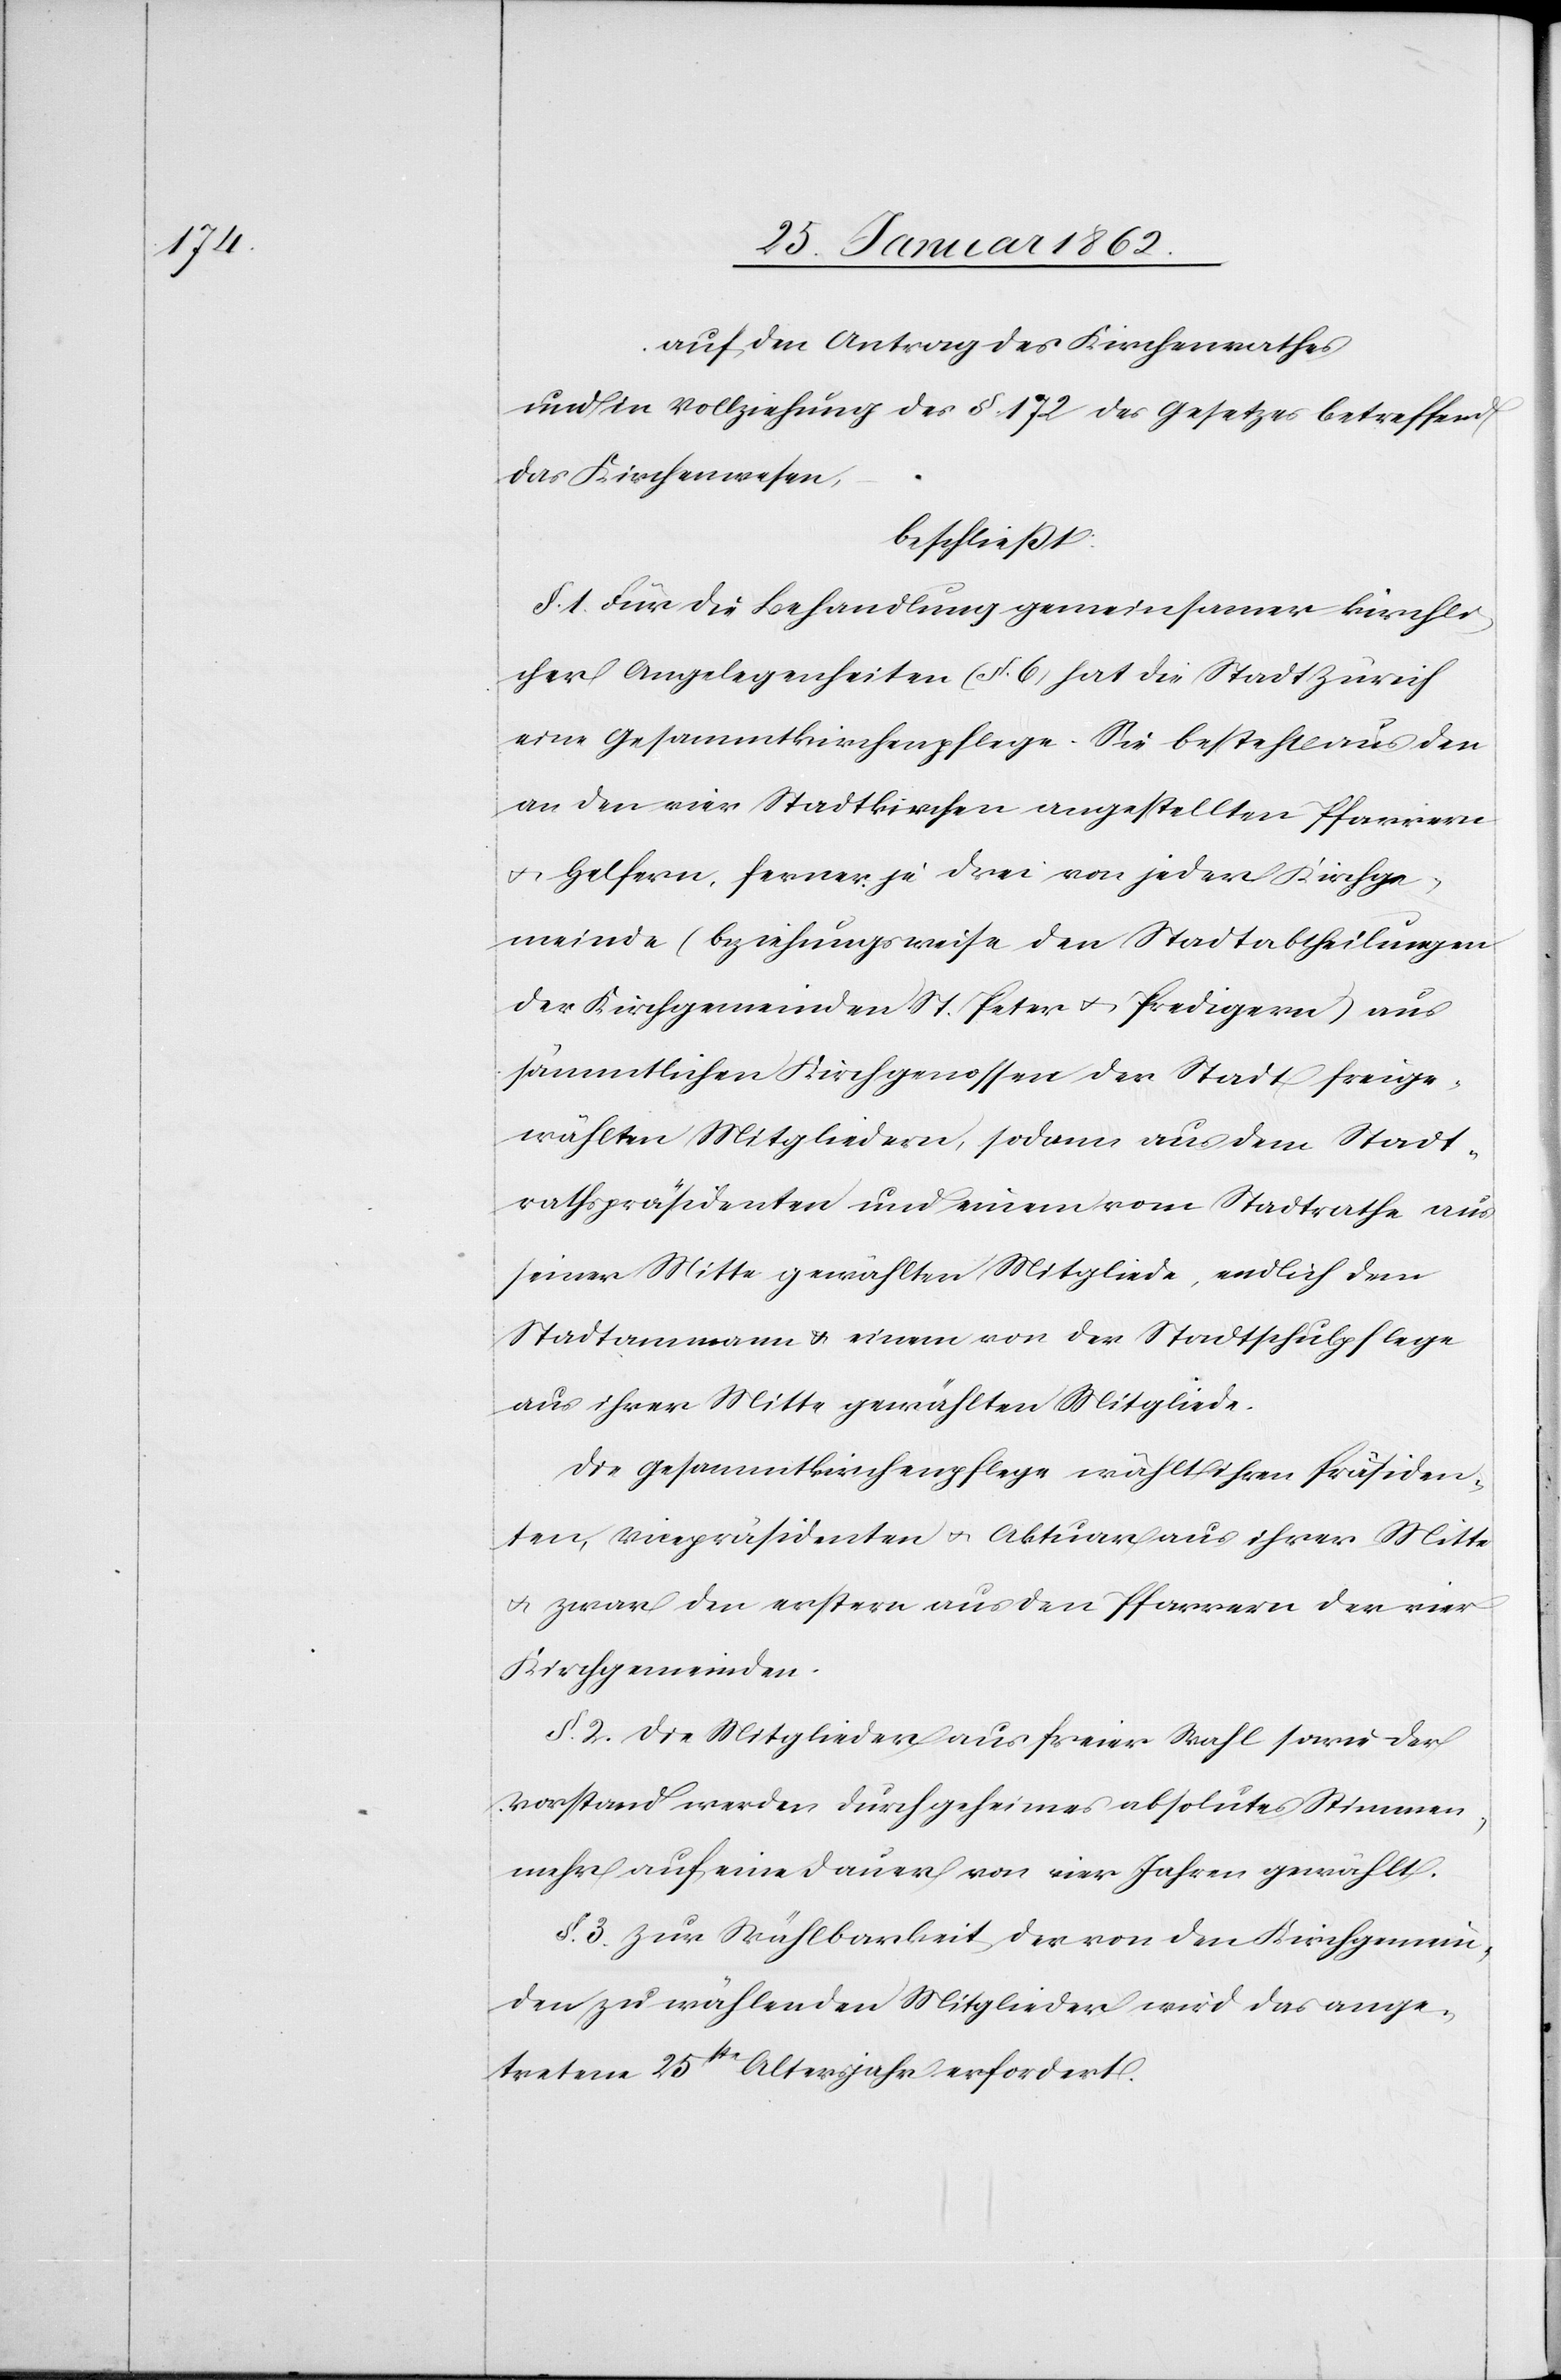
auf den Antrag des Kirchenrathes
und in Vollziehung des §. 172 des Gesetzes betreffend
das Kirchenwesen,
beschließt:
§. 1. Für die Behandlung gemeinsamer kirchli¬
cher Angelegenheiten (§. 6) hat die Stadt Zürich
eine Gesammtkirchenpflege. Sie besteht aus den
an den vier Stadtkirchen angestellten Pfarrern
u. Helfern, ferner je drei von jeder Kirchge¬
meinde (beziehungsweise den Stadtabtheilungen
der Kirchgemeinden St. Peter u. Predigern) aus
sämmtlichen Kirchgenossen der Stadt freige¬
wählten Mitgliedern, sodann aus dem Stadt¬
rathspräsidenten und einem vom Stadtrathe aus
seiner Mitte gewählten Mitgliede, endlich dem
Stadtammann & einem von der Stadtschulpflege
aus ihrer Mitte gewählten Mitgliede.
Die Gesammtkirchenpflege wählt ihren Präsiden¬
ten, Vicepräsidenten u. Aktuar aus ihrer Mitte
u. zwar den erstern aus den Pfarrern der vier
Kirchgemeinden.
§. 2. Die Mitglieder aus freier Wahl sowie der
Vorstand werden durch geheimes absolutes Stimmen¬
mehr auf eine Dauer von vier Jahren gewählt.
§. 3. Zur Wählbarkeit der von den Kirchgemein¬
den zu wählenden Mitglieder wird das ange¬
tretene 25te Altersjahr erfordert.